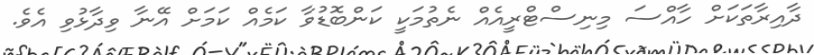
ދާއިރާތަކަށް ހާއްސަ މިނިސްޓްރީއެއް ނެތުމަކީ ކަންބޮޑުވާ ކަމެއް ކަމަށް އޭނާ ވިދާޅުވި އެވެ.